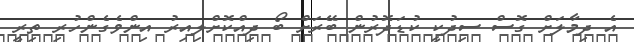
އެ ދިމާލަށް ގޮސް ސިދުކީ ކުޑަދޮރުން ބޭރަށް ބޯ ދިއްކޮށްލިއިރު އިންވެގެންހުރި ތިރީ